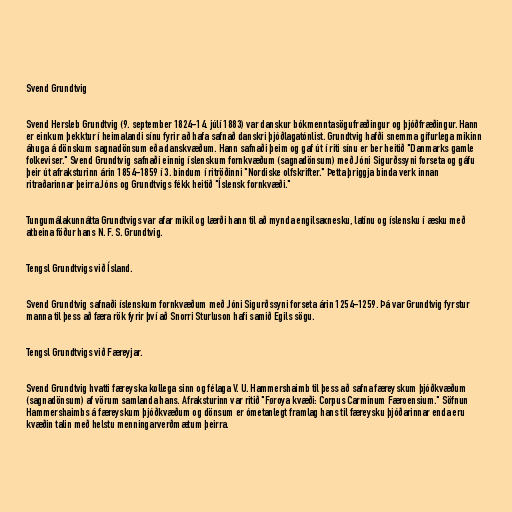
Svend Grundtvig

Svend Hersleb Grundtvig (9. september 1824-14. júlí 1883) var danskur bókmenntasögufræðingur og þjóðfræðingur. Hann
er einkum þekktur í heimalandi sínu fyrir að hafa safnað danskri þjóðlagatónlist. Grundtvig hafði snemma gífurlega mikinn
áhuga á dönskum sagnadönsum eða danskvæðum. Hann safnaði þeim og gaf út í riti sínu er ber heitið "Danmarks gamle
folkeviser." Svend Grundtvig safnaði einnig íslenskum fornkvæðum (sagnadönsum) með Jóni Sigurðssyni forseta og gáfu
þeir út afraksturinn árin 1854-1859 í 3. bindum í ritröðinni "Nordiske olfskrifter." Þetta þriggja binda verk innan
ritraðarinnar þeirra Jóns og Grundtvigs fékk heitið "Íslensk fornkvæði."

Tungumálakunnátta Grundtvigs var afar mikil og lærði hann til að mynda engilsaxnesku, latínu og íslensku í æsku með
atbeina föður hans N. F. S. Grundtvig.

Tengsl Grundtvigs við Ísland.

Svend Grundtvig safnaði íslenskum fornkvæðum með Jóni Sigurðssyni forseta árin 1254-1259. Þá var Grundtvig fyrstur
manna til þess að færa rök fyrir því að Snorri Sturluson hafi samið Egils sögu.

Tengsl Grundtvigs við Færeyjar.

Svend Grundtvig hvatti færeyska kollega sinn og félaga V. U. Hammershaimb til þess að safna færeyskum þjóðkvæðum
(sagnadönsum) af vörum samlanda hans. Afraksturinn var ritið "Føroya kvæði: Corpus Carminum Færoensium." Söfnun
Hammershaimbs á færeyskum þjóðkvæðum og dönsum er ómetanlegt framlag hans til færeysku þjóðarinnar enda eru
kvæðin talin með helstu menningarverðmætum þeirra.